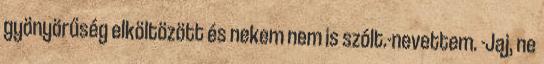
gyönyörűség elköltözött és nekem nem is szólt.-nevettem. -Jaj, ne